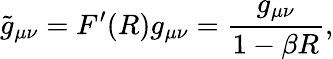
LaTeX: \widetilde{g}_{\mu\nu}=F^{\prime}(R)g_{\mu\nu}=\frac{g_{\mu\nu}}{1-\beta R},